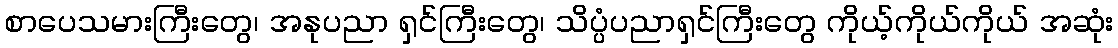
စာပေသမားကြီးတွေ၊ အနုပညာ ရှင်ကြီးတွေ၊ သိပ္ပံပညာရှင်ကြီးတွေ ကိုယ့်ကိုယ်ကိုယ် အဆုံး